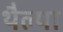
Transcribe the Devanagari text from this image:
थैल्या